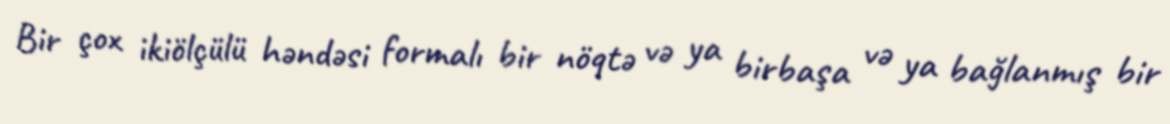
Bir çox ikiölçülü həndəsi formalı bir nöqtə və ya birbaşa və ya bağlanmış bir